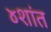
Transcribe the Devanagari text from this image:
४शांत